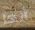
أنها